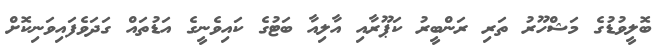
ބޮލީވުޑުގެ މަޝްހޫރު ތަރި ރަންބީރު ކަޕޫރާއި އާލިއާ ބަޓުގެ ކައިވެނީގެ އަޑުތައް ގަދަވެފައިވަނިކޮށް